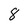
Character: 8